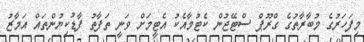
މިފަހަރުގެ މުބާރާތުގެ ގްރޫޕް ސްޓޭޖުން ކެޓުމާއެކު އެޓީމަށް ވަނީ ތަފާތު ފާޑުކިޔުންތައް އަމާޒު